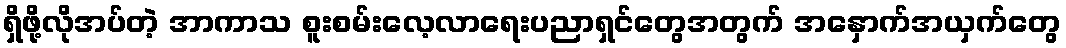
ရှိဖို့လိုအပ်တဲ့ အာကာသ စူးစမ်းလေ့လာရေးပညာရှင်တွေအတွက် အနှောက်အယှက်တွေ